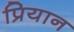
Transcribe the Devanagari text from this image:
प्रियान